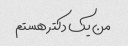
من یک دکتر هستم